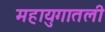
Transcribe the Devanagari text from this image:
महायुगातली